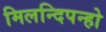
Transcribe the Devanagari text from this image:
मिलन्दिपन्हो